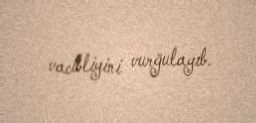
vacibliyini vurğulayıb.